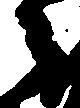
々